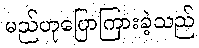
မည်ဟုပြောကြားခဲ့သည်